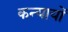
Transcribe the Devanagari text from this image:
कन्यायों